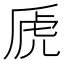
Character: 虒